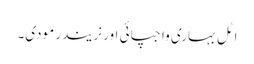
اٹل بہاری واجپائی اور نریندر مودی۔